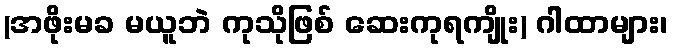
(အဖိုးမခ မယူဘဲ ကုသိုဖြစ် ဆေးကုရကျိုး) ဂါထာများ၊